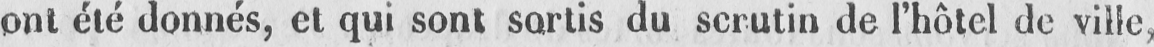
ont été donnés, et qui sont sortis du scrutin de l’hôtel de ville,